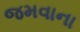
જમવાના